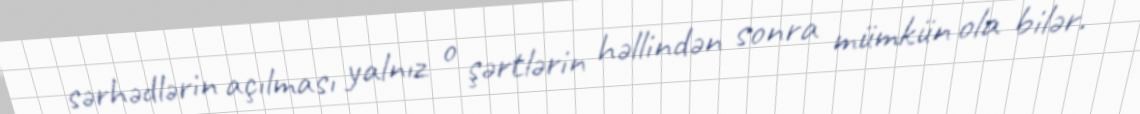
sərhədlərin açılması yalnız o şərtlərin həllindən sonra mümkün ola bilər.